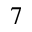
7